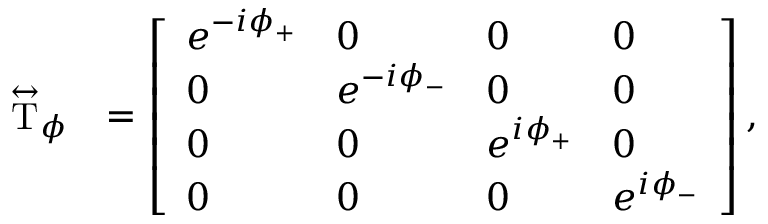
\begin{array} { r l } { \stackrel { \leftrightarrow } { \mathrm { T } } _ { \phi } } & { = \left[ \begin{array} { l l l l } { e ^ { - i \phi _ { + } } } & { 0 } & { 0 } & { 0 } \\ { 0 } & { e ^ { - i \phi _ { - } } } & { 0 } & { 0 } \\ { 0 } & { 0 } & { e ^ { i \phi _ { + } } } & { 0 } \\ { 0 } & { 0 } & { 0 } & { e ^ { i \phi _ { - } } } \end{array} \right] , } \end{array}